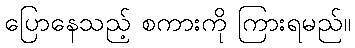
ပြောနေသည့် စကားကို ကြားရမည်။